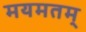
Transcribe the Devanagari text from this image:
मयमतम्